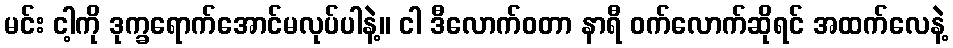
မင်း ငါ့ကို ဒုက္ခရောက်အောင်မလုပ်ပါနဲ့။ ငါ ဒီလောက်ဝတာ နာရီ ဝက်လောက်ဆိုရင် အထက်လေနဲ့